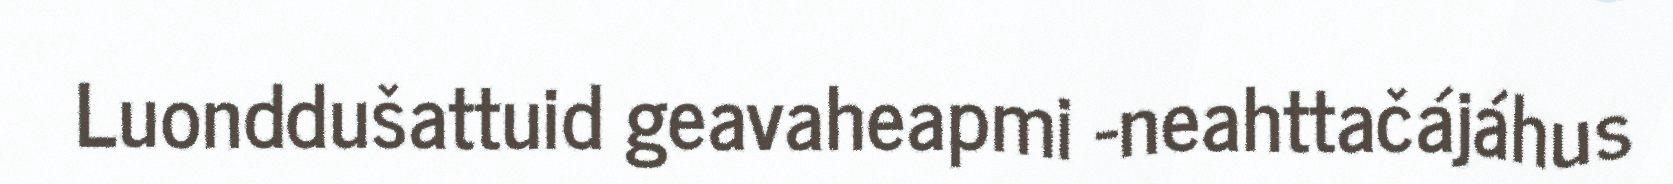
Luonddušattuid geavaheapmi -neahttačájáhus